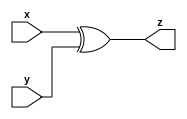
module Xor_1210708 #(parameter n =4) (input signed [n+1:0] x, y,
									output [n+1:0] z);
//A module that assign the output as x xor y
  assign z = x ^ y;

endmodule